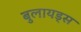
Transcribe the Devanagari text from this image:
बुलायड्स